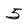
Character: 5